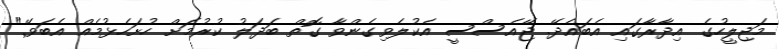
މަޖިލީހުގެ އިދާރާގައި އެބައެދޭ. ޖޭއެސްސީ އެކުލެވިގެންވާ ގޮތް ބަދަލު ކުރުމަށް ހުށަހެޅުމެއް އެބަވޭ